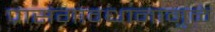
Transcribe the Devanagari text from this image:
प्रासंगावधानामुळे